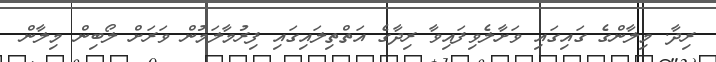
ރިދާ. މިލާންގެ ގައިގައި ވަށާލެވިފައިވާ ރިދާގެ އަތްތިލައިގައި ފިރުމާލަމުން ވަރަށް ލޯބިން މިލާން